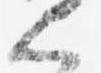
上